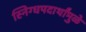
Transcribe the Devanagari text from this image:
स्निग्धपदार्थांमुळे